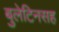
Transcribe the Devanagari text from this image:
बुलेटिनसह